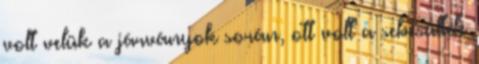
volt velük a járványok során, ott volt a sebesültek